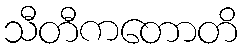
သီတီကတောတိ